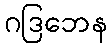
ဂဒြဘေန